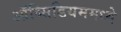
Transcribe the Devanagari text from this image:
ऑब्सिडियममध्ये